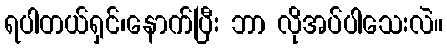
ရပါတယ်ရှင်၊နောက်ပြီး ဘာ လိုအပ်ပါသေးလဲ။